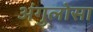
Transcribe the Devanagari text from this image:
अंगुलोसा